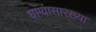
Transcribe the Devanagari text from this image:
धाग्यासारख्या